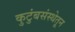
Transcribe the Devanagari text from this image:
कुटुंबसंस्थेतून